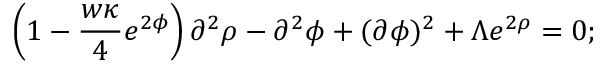
\left( 1 - \frac { w \kappa } { 4 } e ^ { 2 \phi } \right) \partial ^ { 2 } \rho - \partial ^ { 2 } \phi + ( \partial \phi ) ^ { 2 } + \Lambda e ^ { 2 \rho } = 0 ;